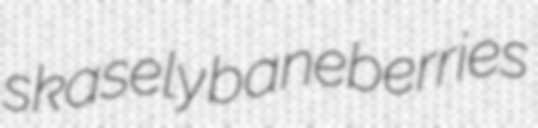
skasely baneberries